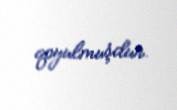
qoyulmuşdur.